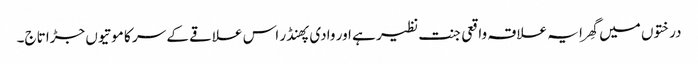
درختوں میں گھِرا یہ علاقہ واقعی جنت نظیر ہے اور وادی پھنڈر اس علاقے کے سر کا موتیوں جڑا تاج۔